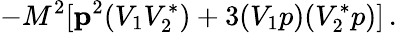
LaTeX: -M^{2}[{\mathbf p}^{2}(V_{1}V_{2}^{*})+3(V_{1}p)(V_{2}^{*}p)]\, .